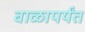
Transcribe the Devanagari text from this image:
बाळापर्यंत